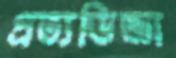
প্রত্যভিজ্ঞা